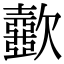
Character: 𣤼